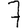
Digit: 7